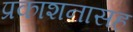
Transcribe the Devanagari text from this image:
प्रकाशनासह